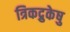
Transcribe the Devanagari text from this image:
त्रिकद्रुकेषु